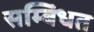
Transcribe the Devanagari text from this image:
सम्बिंधत